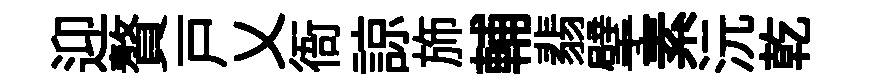
迎贅戸乂衙諒斾輔翡擘素沅乾